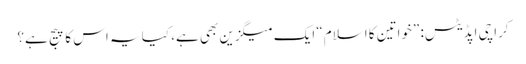
کراچی اپڈیٹس: ”خواتین کا اسلام“ ایک میگزین بھی ہے، کیا یہ اس کا پیج ہے؟